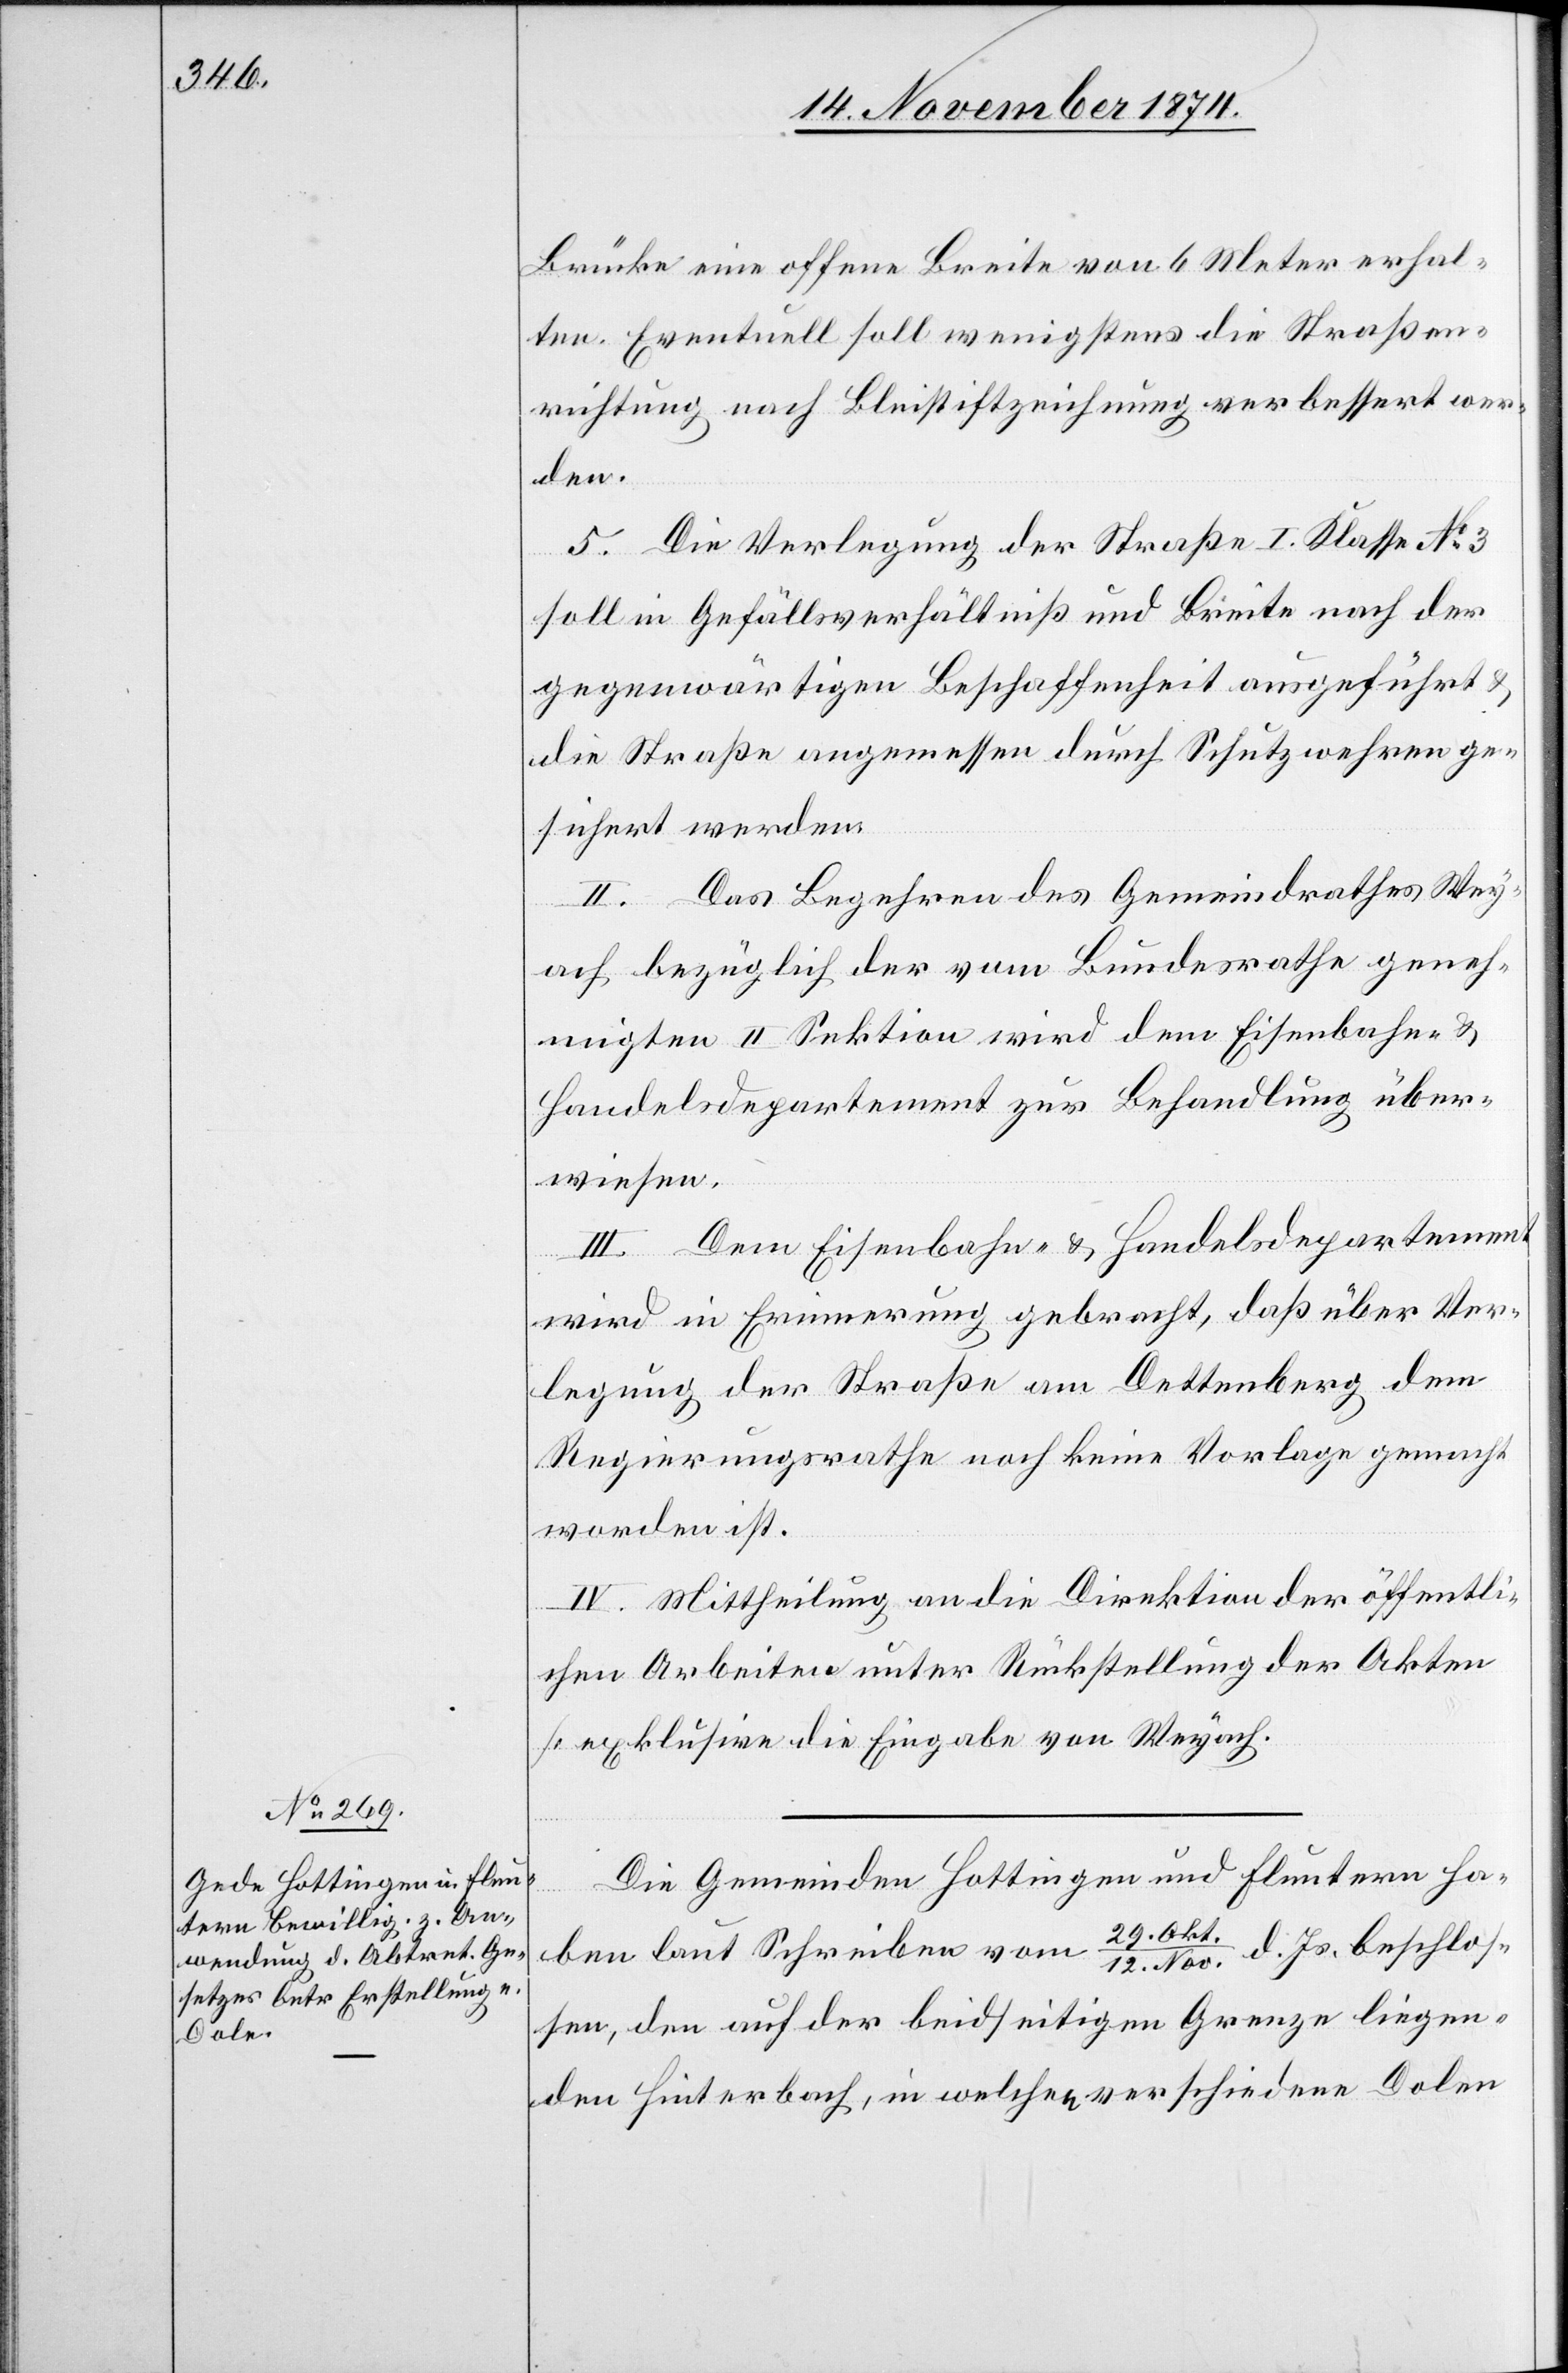
Brücke eine offene Breite von 6 Meter erhal¬
ten. Eventuell soll wenigstens die Straßen¬
richtung nach Bleistiftzeichnung verbessert wer¬
den.
5. Die Verlegung der Straße I. Klasse No 3
soll in Gefällsverhältniß und Breite nach der
gegenwärtigen Beschaffenheit ausgeführt &
die Straße angemessen durch Schutzwehren ge¬
sichert werden.
II. Das Begehren des Gemeindrathes Wey¬
ach bezüglich der vom Bundesrathe geneh¬
migten II. Sektion wird dem Eisenbahn- &
Handelsdepartement zur Behandlung über¬
wiesen.
III. Dem Eisenbahn- & Handelsdepartement
wird in Erinnerung gebracht, daß über Ver¬
legung der Straße am Dettenberg dem
Regierungsrathe noch keine Vorlage gemacht
worden ist.
IV. Mittheilung an die Direktion der öffentli¬
chen Arbeiten unter Rückstellung der Akten
[exklusive die Eingabe von Weyach].
Die Gemeinden Hottingen und Fluntern ha¬
29. Okt./12.
d. Js. beschlos¬
ben laut Schreiben vom
sen, den auf der beidseitigen Grenze liegen¬
den Hinterbach, in welchen verschiedene Dolen